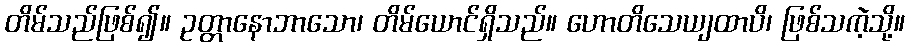
တိမ်သည်ဖြစ်၍။ ဥတ္တာနောဘာသော၊ တိမ်ယောင်ရှိသည်။ ဟောတိသေယျထာပိ၊ ဖြစ်သကဲ့သို့။